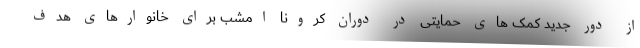
از دور جدید کمک های حمایتی در دوران کرونا امشب برای خانوارهای هدف